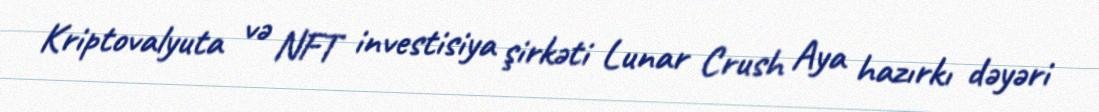
Kriptovalyuta və NFT investisiya şirkəti Lunar Crush Aya hazırkı dəyəri